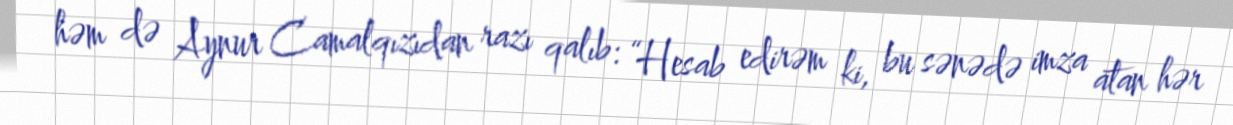
həm də Aynur Camalqızıdan razı qalıb: “Hesab edirəm ki, bu sənədə imza atan hər